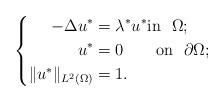
LaTeX: \begin{align*}\left\{\begin{aligned}-\Delta u^* &= \lambda^* u^*\mbox{in}\ \ \Omega;\\u^* &= 0\quad\ \ \ \mbox{on}\ \ \partial \Omega;\\\|u^*\|_{L^2(\Omega)} &= 1.\end{aligned}\right.\end{align*}